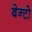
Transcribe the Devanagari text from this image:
बेन्टो